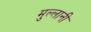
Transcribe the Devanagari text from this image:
मुल्लानी